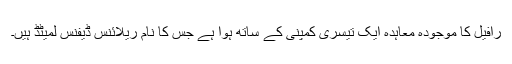
رافیل کا موجودہ معاہدہ ایک تیسری کمپنی کے ساتھ ہوا ہے جس کا نام ریلائنس ڈیفنس لمیٹڈ ہیں۔